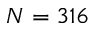
N = 3 1 6